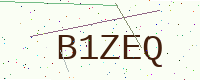
Text: B1ZEQ